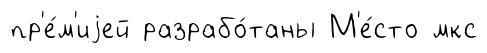
пр'е́м'иjей разрабо́таны М'е́сто мкс